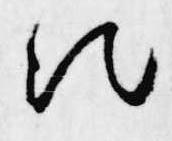
次